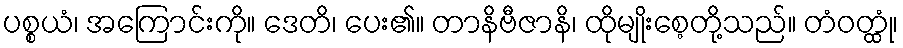
ပစ္စယံ၊ အကြောင်းကို။ ဒေတိ၊ ပေး၏။ တာနိဗီဇာနိ၊ ထိုမျိုးစေ့တို့သည်။ တံဝတ္ထုံ၊